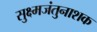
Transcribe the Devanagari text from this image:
सुक्ष्मजंतुनाशक